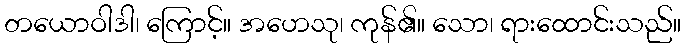
တယောဝါဒါ၊ ကြောင့်။ အဟေသု၊ ကုန်၏။ သော၊ ရားထောင်းသည်။